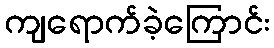
ကျရောက်ခဲ့ကြောင်း